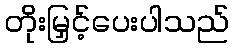
တိုးမြှင့်ပေးပါသည်